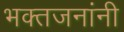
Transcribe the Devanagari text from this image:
भक्तजनांनी